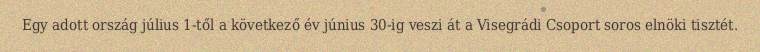
Egy adott ország július 1-től a következő év június 30-ig veszi át a Visegrádi Csoport soros elnöki tisztét.